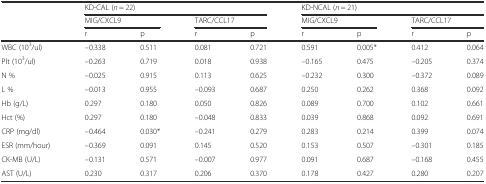
<table><thead><tr><td></td><td colspan="4"><b>KD-CAL (<i>n</i> = 22)</b></td><td colspan="4"><b>KD-NCAL (<i>n</i> = 21)</b></td></tr><tr><td></td><td colspan="2"><b>MIG/CXCL9</b></td><td colspan="2"><b>TARC/CCL17</b></td><td colspan="2"><b>MIG/CXCL9</b></td><td colspan="2"><b>TARC/CCL17</b></td></tr><tr><td></td><td><b>r</b></td><td><b>p</b></td><td><b>r</b></td><td><b>p</b></td><td><b>r</b></td><td><b>p</b></td><td><b>r</b></td><td><b>p</b></td></tr></thead><tbody><tr><td>WBC (10<sup>3</sup>/ul)</td><td>–0.338</td><td>0.511</td><td>0.081</td><td>0.721</td><td>0.591</td><td>0.005*</td><td>0.412</td><td>0.064</td></tr><tr><td>Plt (10<sup>3</sup>/ul)</td><td>–0.263</td><td>0.719</td><td>0.018</td><td>0.938</td><td>–0.165</td><td>0.475</td><td>–0.205</td><td>0.374</td></tr><tr><td>N %</td><td>–0.025</td><td>0.915</td><td>0.113</td><td>0.625</td><td>–0.232</td><td>0.300</td><td>–0.372</td><td>0.089</td></tr><tr><td>L %</td><td>–0.013</td><td>0.955</td><td>–0.093</td><td>0.687</td><td>0.250</td><td>0.262</td><td>0.368</td><td>0.092</td></tr><tr><td>Hb (g/L)</td><td>0.297</td><td>0.180</td><td>0.050</td><td>0.826</td><td>0.089</td><td>0.700</td><td>0.102</td><td>0.661</td></tr><tr><td>Hct (%)</td><td>0.297</td><td>0.180</td><td>–0.048</td><td>0.833</td><td>0.039</td><td>0.868</td><td>0.092</td><td>0.691</td></tr><tr><td>CRP (mg/dl)</td><td>–0.464</td><td>0.030*</td><td>–0.241</td><td>0.279</td><td>0.283</td><td>0.214</td><td>0.399</td><td>0.074</td></tr><tr><td>ESR (mm/hour)</td><td>–0.369</td><td>0.091</td><td>0.145</td><td>0.520</td><td>0.153</td><td>0.507</td><td>–0.301</td><td>0.185</td></tr><tr><td>CK-MB (U/L)</td><td>–0.131</td><td>0.571</td><td>–0.007</td><td>0.977</td><td>0.091</td><td>0.687</td><td>–0.168</td><td>0.455</td></tr><tr><td>AST (U/L)</td><td>0.230</td><td>0.317</td><td>0.206</td><td>0.370</td><td>0.178</td><td>0.427</td><td>0.280</td><td>0.207</td></tr></tbody></table>